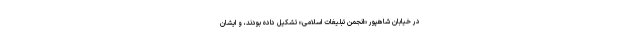
در خیابان شاهپور «انجمن تبلیغات اسلامی» تشکیل داده بودند، و ایشان